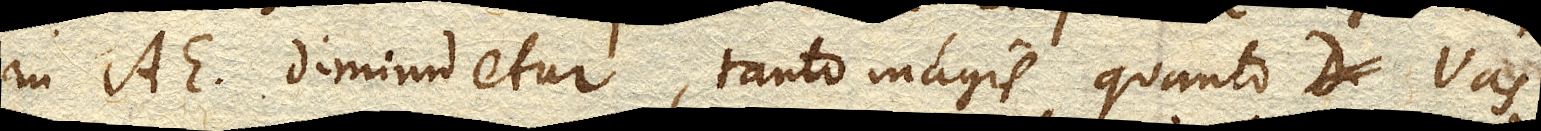
in AE. diminuetur, tanto magis quanto vas